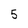
Character: 5